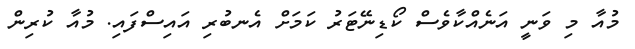
މުއާ މި ވަނީ އަނެއްކާވެސް ކޯޑިނޭޓަރު ކަމަށް އެނބުރި އައިސްފައި. މުއާ ކުރިން